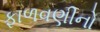
ફાળવણીનો